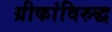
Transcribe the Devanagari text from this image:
ग्रीकांविरुद्ध